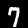
Digit: 7